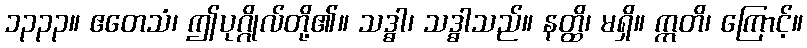
၁၃၃၃။ ဧတေသံ၊ ဤပုဂ္ဂိုလ်တို့၏။ သဒ္ဓါ၊ သဒ္ဓါသည်။ နတ္ထိ၊ မရှိ။ ဣတိ၊ ကြောင့်။